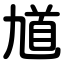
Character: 馗